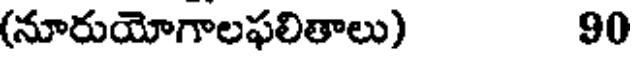
(నూరుయోగాలఫలితాలు) 90